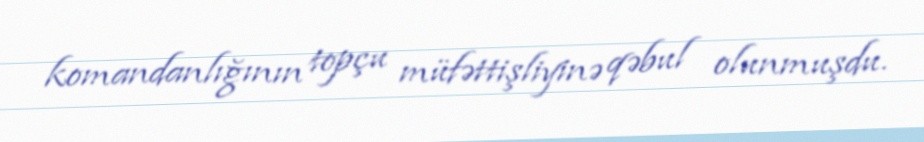
komandanlığının topçu müfəttişliyinə qəbul olunmuşdu.